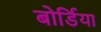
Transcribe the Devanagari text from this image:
बोर्डिया